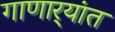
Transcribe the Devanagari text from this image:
गाणार्‍यांत